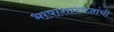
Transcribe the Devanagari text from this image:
भाषाशास्त्रज्ञांची